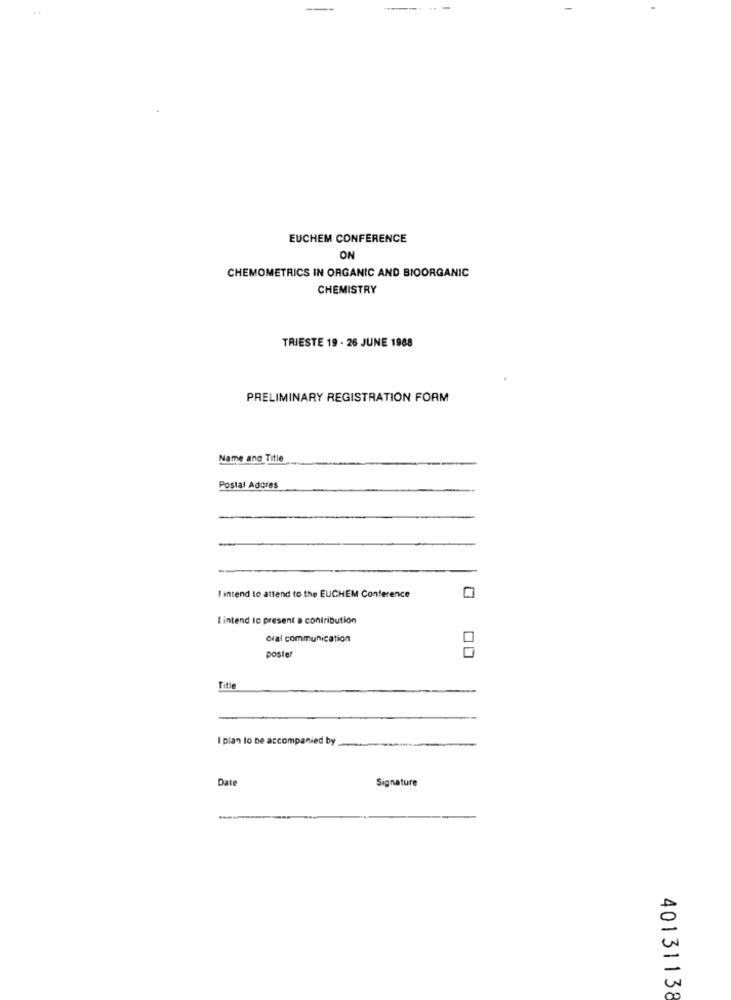
EUCHEM CONFERENCE
ON
CHEMOMETRICS IN ORGANIC AND BIOORGANIC
CHEMISTRY
TRIESTE 19 - 26 JUNE 1988
PRELIMINARY REGISTRATION FORM
Name and Title
Postal Adores
I intend to attend to the EUCHEM Conference
I intend Ic present a contribution
oral communication
poster
00
Title
I plan to be accompanied by
Date
Signature
D
5
40131138